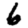
Digit: 6